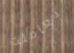
تعاملت